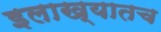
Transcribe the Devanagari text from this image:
इलाख्यातच